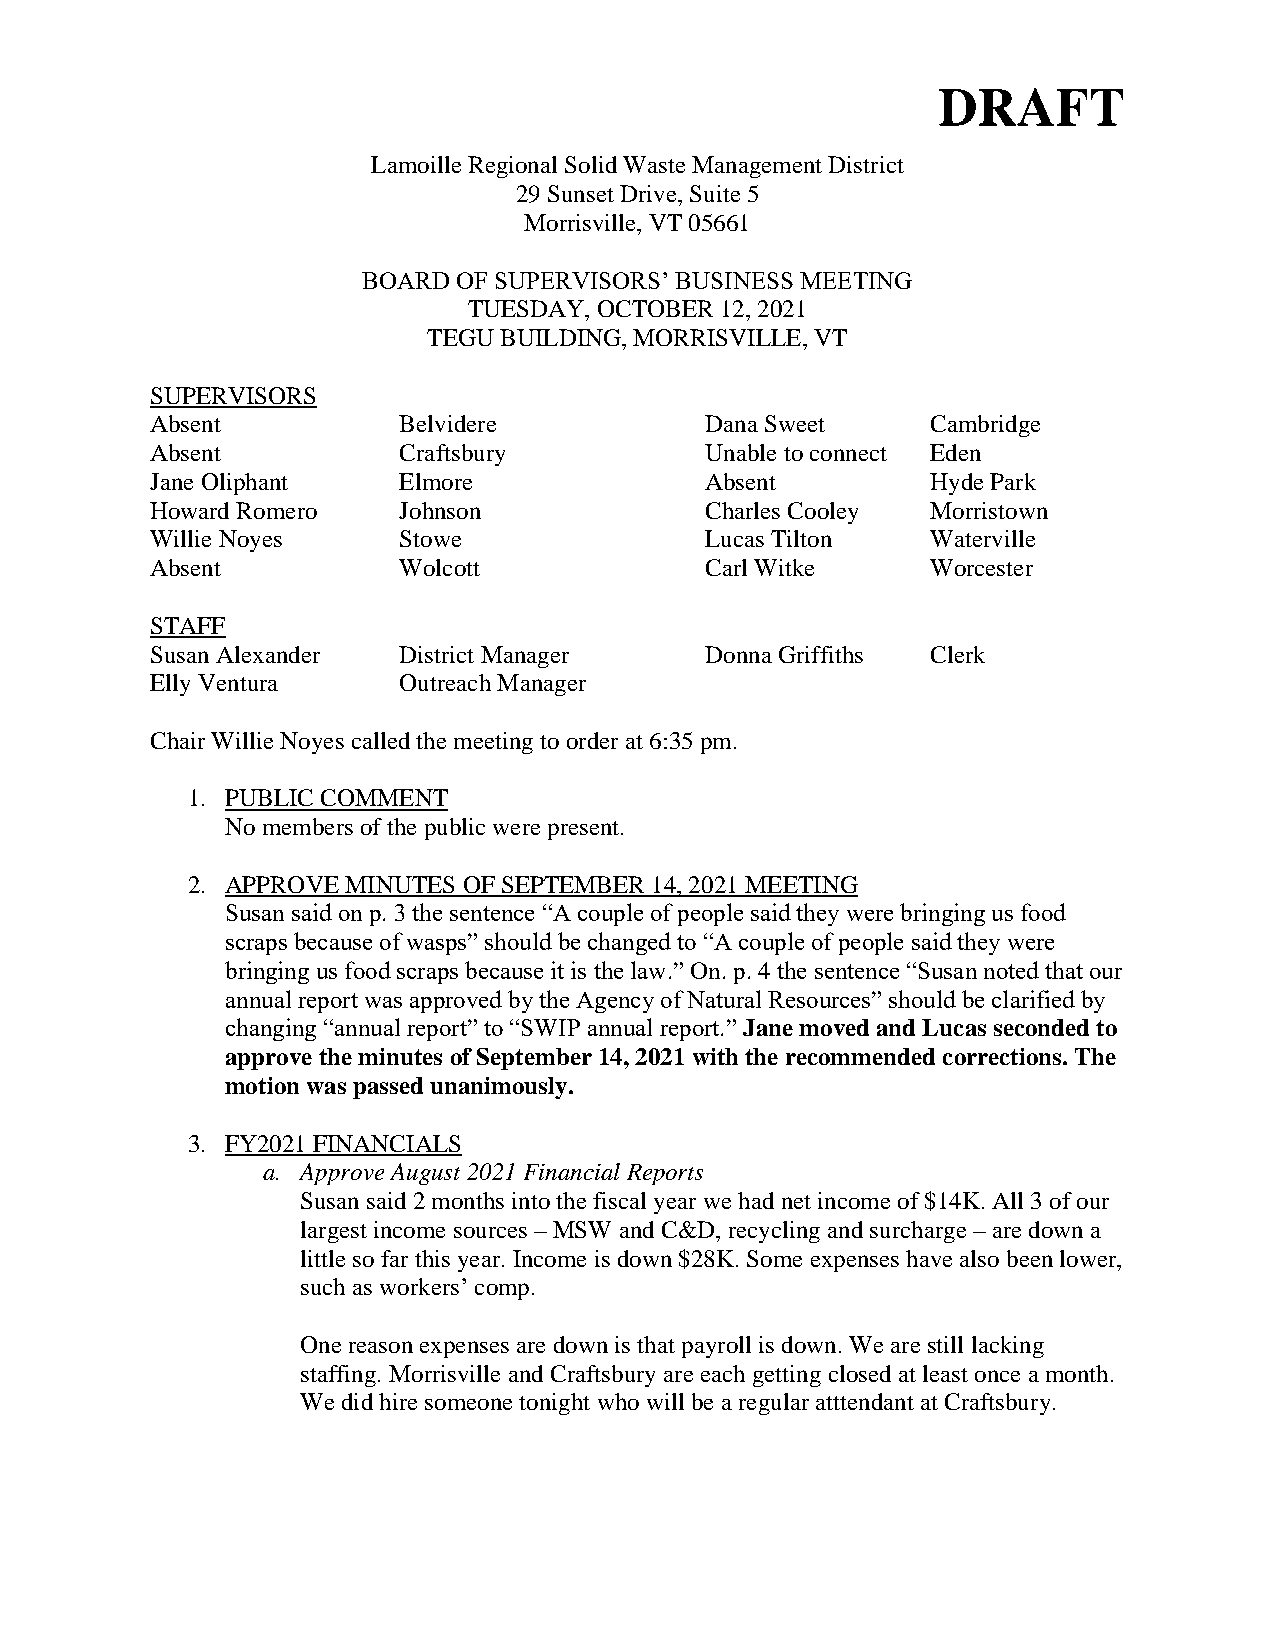
DRAFT
 Lamoille Regional Solid Waste Management District
 29 Sunset Drive, Suite 5
 Morrisville, VT 05661
 BOARD OF SUPERVISORS’ BUSINESS MEETING
 TUESDAY, OCTOBER 12, 2021
 TEGU BUILDING, MORRISVILLE, VT
 SUPERVISORS
 Absent          Belvidere            Dana Sweet     Cambridge
 Absent          Craftsbury           Unable to connect Eden
 Jane Oliphant   Elmore               Absent         Hyde Park
 Howard Romero   Johnson              Charles Cooley Morristown
 Willie Noyes    Stowe                Lucas Tilton   Waterville
 Absent          Wolcott              Carl Witke     Worcester
 STAFF
 Susan Alexander District Manager     Donna Griffiths Clerk
 Elly Ventura    Outreach Manager
 Chair Willie Noyes called the meeting to order at 6:35 pm.
 1. PUBLIC COMMENT
 No members of the public were present.
 2. APPROVE MINUTES OF SEPTEMBER 14, 2021 MEETING
 Susan said on p. 3 the sentence “A couple of people said they were bringing us food
 scraps because of wasps” should be changed to “A couple of people said they were
 bringing us food scraps because it is the law.” On. p. 4 the sentence “Susan noted that our
 annual report was approved by the Agency of Natural Resources” should be clarified by
 changing “annual report” to “SWIP annual report.” Jane moved and Lucas seconded to
 approve the minutes of September 14, 2021 with the recommended corrections. The
 motion was passed unanimously.
 3. FY2021 FINANCIALS
 a. Approve August 2021 Financial Reports
 Susan said 2 months into the fiscal year we had net income of $14K. All 3 of our
 largest income sources – MSW and C&D, recycling and surcharge – are down a
 little so far this year. Income is down $28K. Some expenses have also been lower,
 such as workers’ comp.
 One reason expenses are down is that payroll is down. We are still lacking
 staffing. Morrisville and Craftsbury are each getting closed at least once a month.
 We did hire someone tonight who will be a regular atttendant at Craftsbury.